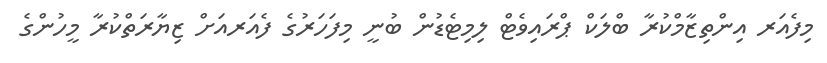
މިފެއަރ އިންތިޒާމްކުރާ ބްލަކް ޕްރައިވެޓް ލިމިޓެޑުން ބުނީ މިފަހަރުގެ ފެއަރއަށް ޒިޔާރަތްކުރާ މީހުންގެ